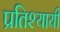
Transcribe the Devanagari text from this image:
प्रतिश्यायी